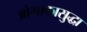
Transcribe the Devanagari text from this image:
ओसाकासुद्धा